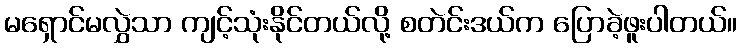
မရှောင်မလွှဲသာ ကျင့်သုံးနိုင်တယ်လို့ စတဲင်းဒယ်က ပြောခဲ့ဖူးပါတယ်။